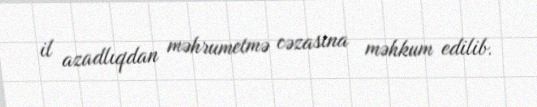
il azadlıqdan məhrumetmə cəzasına məhkum edilib.